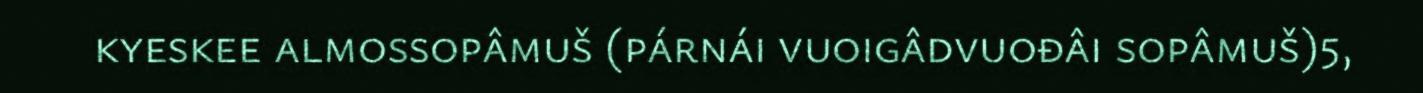
kyeskee almossopâmuš (párnái vuoigâdvuođâi sopâmuš)5,